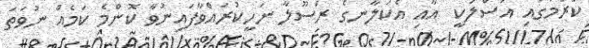
ކުރުމުގައި އަސްލަކީ  އާއި އެކަލާނގެ ރަސޫލާ ނަހީކުރައްވާފައިނުވާ ކޮންމެ ކަމެއް ނުވަތަ